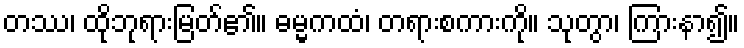
တဿ၊ ထိုဘုရားမြတ်၏။ ဓမ္မကထံ၊ တရားစကားကို။ သုတွာ၊ ကြားနာ၍။